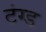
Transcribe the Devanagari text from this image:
टंग्ड